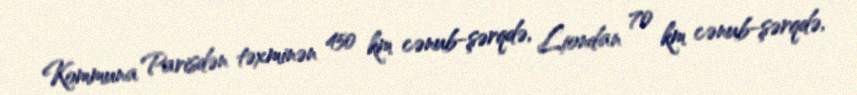
Kommuna Parisdən təxminən 450 km cənub-şərqdə, Liondan 70 km cənub-şərqdə,